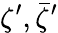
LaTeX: \zeta^{\prime},{\bar{\zeta}}^{\prime}